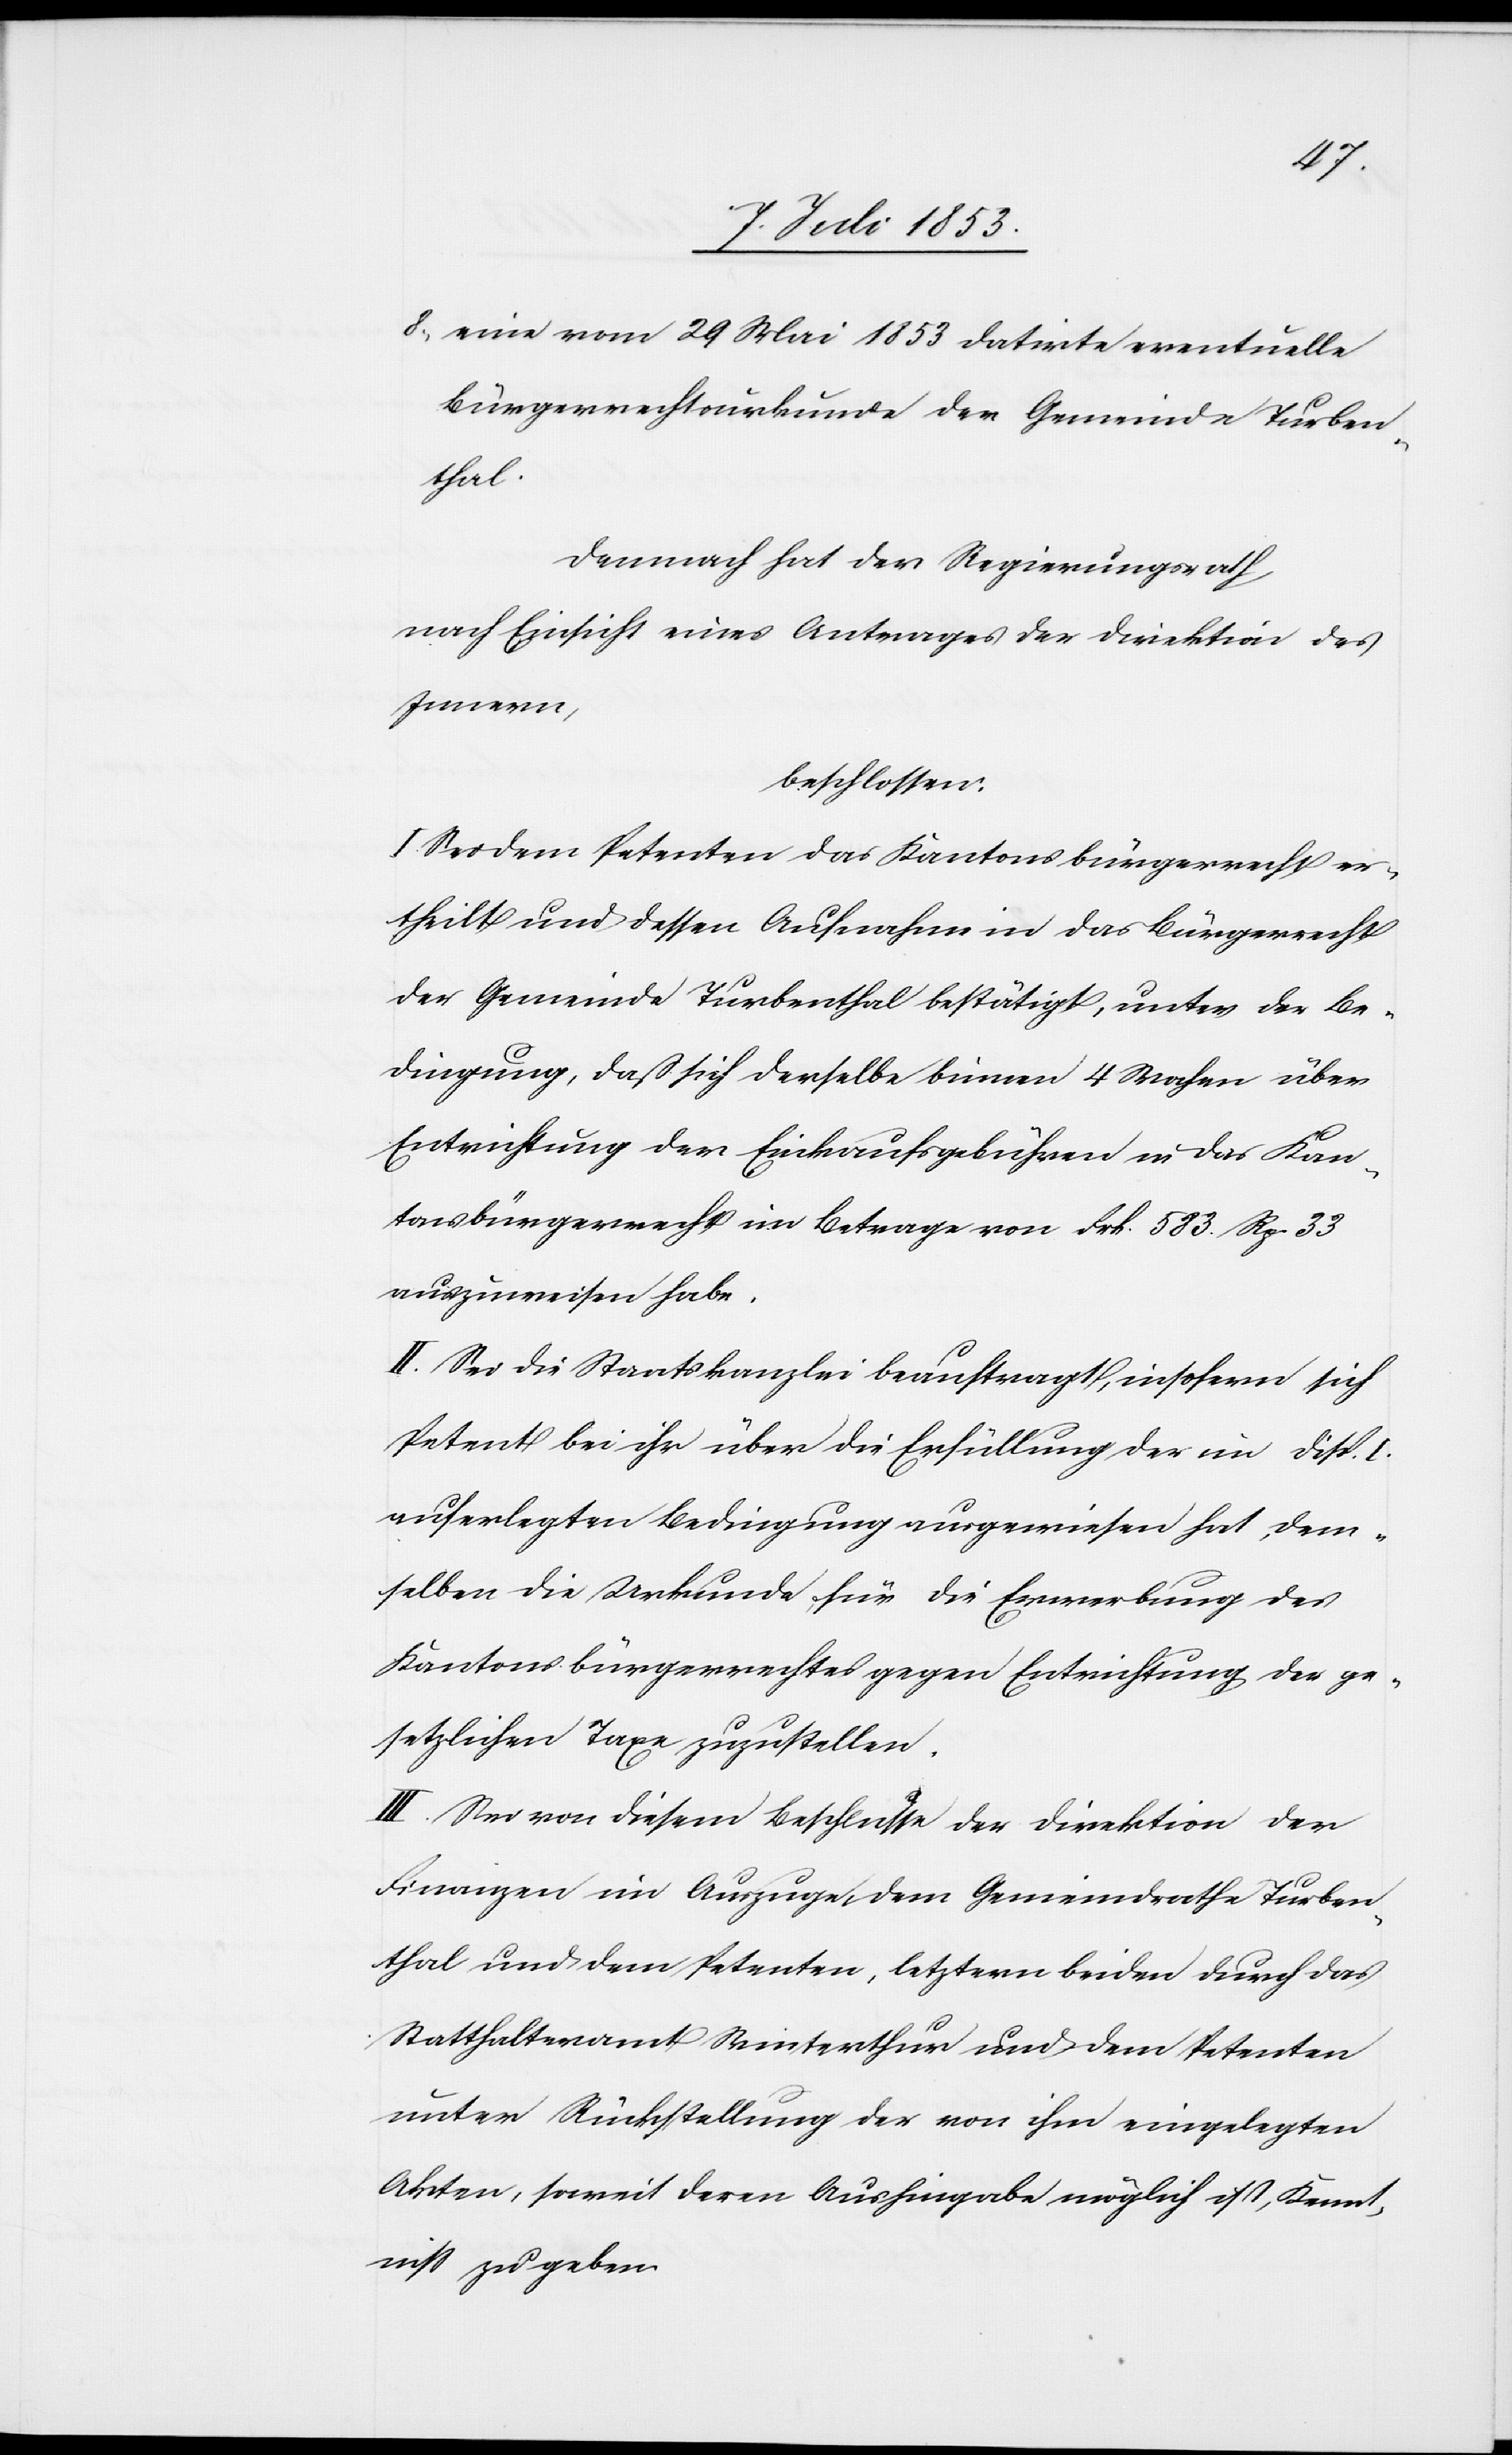
8, eine vom 29 Mai 1853 datirte eventuelle
Bürgerrechtsurkunde der Gemeinde Turben¬
thal.
Demnach hat der Regierungsrath
nach Einsicht eines Antrages der Direktion des
Innern,
beschlossen:
I. Sei dem Petenten das Kantonsbürgerrecht er¬
theilt und dessen Aufnahme in das Bürgerrecht
der Gemeinde Turbenthal bestätigt, unter der Be¬
dingung, daß sich derselbe binnen 4 Wochen über
Entrichtung der Einkaufsgebühren in das Kan¬
tonsbürgerrecht im Betrage von Frk. 583 Rp. 33
ausgewiesen habe.
II. Sei die Staatskanzlei beauftragt, insofern sich
Petent bei ihr über die Erfüllung der im Disp. I
auferlegten Bedingung ausgewiesen hat, dem¬
selben die Urkunde für die Erwerbung des
Kantonsbürgerrechtes gegen Entrichtung der ge¬
setzlichen Taxe zuzustellen.
III. Sei von diesem Beschlusse der Direktion der
Finanzen im Auszuge dem Gemeindrathe Turben¬
thal und dem Petenten, letztern beiden durch das
Statthalteramt Winterthur und dem Petenten
unter Rückstellung der von ihm eingelegten
Akten, soweit deren Aushingabe möglich ist, Kennt¬
niß zu geben.